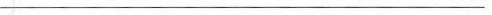
___